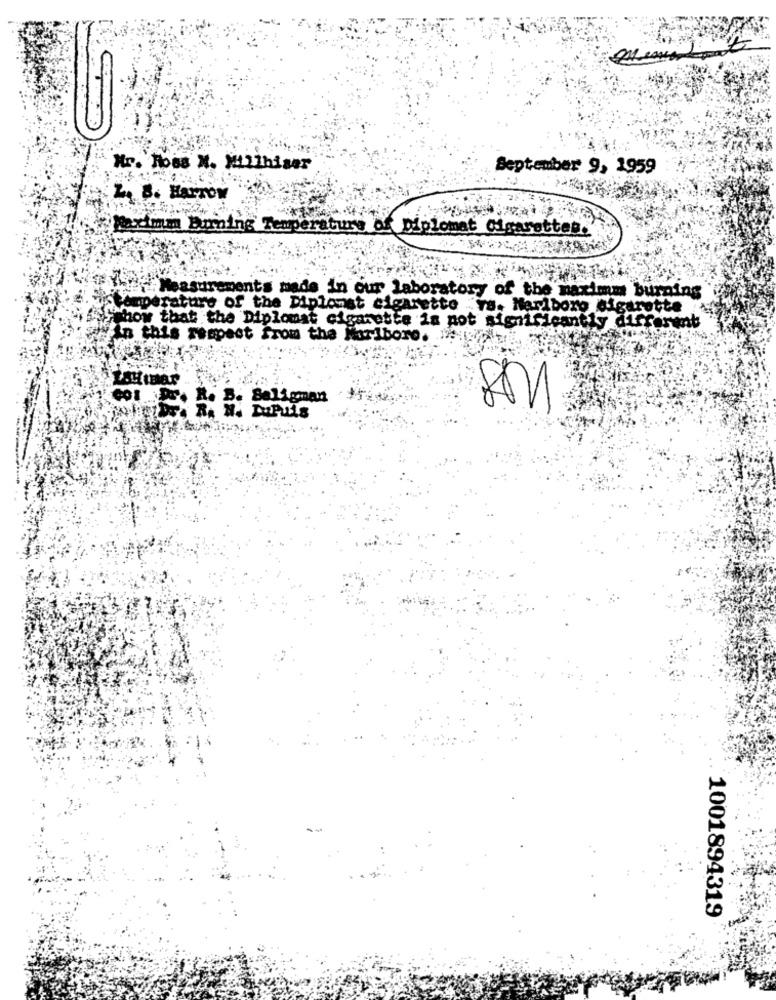
Hr. Hoes N. Milhisar
September 9, 1959
Z. B. Harrow
Maximum burning Temperaturs of Diplomat Cigarettes."
Measurements made in our laboratory of the naximm burning
Pomperature of the Diplomat cigarette
. Marlboro cigarette
show that the Diplomat cigarette is pot significantly different
In this respect from the Maribore.
001 Dr. R. B. Boligman
1001894319